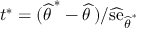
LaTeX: t ^ { * } = ( { \widehat { \theta \, } } ^ { * } - { \widehat { \theta \, } } ) / { \widehat { \mathrm { s e } } } _ { { \widehat { \theta \, } } ^ { * } }